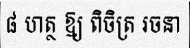
៨ ហត្ថ ឱ្យ ពិចិត្រ រចនា